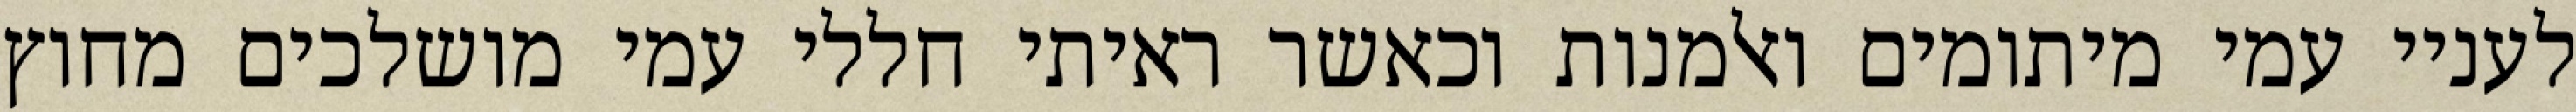
לעניי עמי מיתומים ואלמנות וכאשר ראיתי חללי עמי מושלכים מחוץ